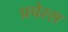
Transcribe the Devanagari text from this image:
प्रचेल्स